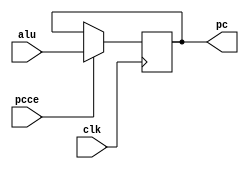
`timescale 1ns / 1ps
//////////////////////////////////////////////////////////////////////////////////
// Company: 
// Engineer: 
// 
// Design Name: 
// Module Name: pc_reg
// Project Name: 
// Target Devices: 
// Tool Versions: 
// Description: 
// 
// Dependencies: 
// 
// Revision:
// Revision 0.01 - File Created
// Additional Comments:
// 
//////////////////////////////////////////////////////////////////////////////////

module pc_reg (clk, pcce, alu, pc);
    input clk, pcce;
    input [15:0] alu;
    output [15:0] pc;
    reg [15:0] pc;
    always @(negedge clk)
        if (pcce) pc <= alu[15:0];
endmodule